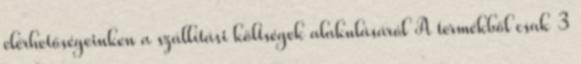
elérhetőségeinken a szállítási költségek alakulásáról A termékből csak 3